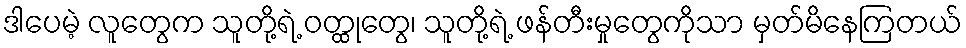
ဒါပေမဲ့ လူတွေက သူတို့ရဲ့ ဝတ္ထုတွေ၊ သူတို့ရဲ့ ဖန်တီးမှုတွေကိုသာ မှတ်မိနေကြတယ်